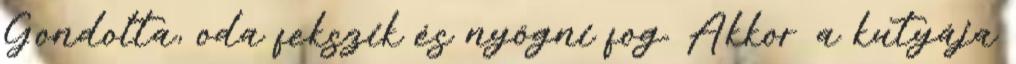
Gondolta, oda fekszik és nyögni fog. Akkor a kutyája